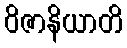
ဝိဇာနိယာတိ